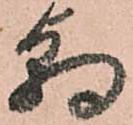
朝